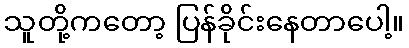
သူတို့ကတော့ ပြန်ခိုင်းနေတာပေါ့။